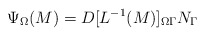
\begin{align*}\Psi_\Omega (M) = D[L^{-1}(M)]_{\Omega \Gamma} N_\Gamma\end{align*}